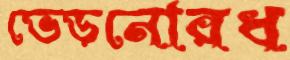
ভেড়নোরধ